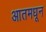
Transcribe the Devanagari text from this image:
आतमधून